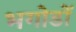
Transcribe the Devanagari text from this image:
भगोडों